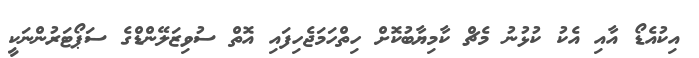
އިކުއެޑޯ އާއި އެކު ކުޅުނު މެޗް ކާމިޔާބުކޮށް ހިތްހަމަޖެހިފައި އޮތް ސުވިޒަލޭންޑްގެ ސަޕޯޓަރުންނަކީ